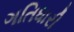
ગતિધારી